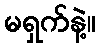
မရှက်နဲ့။